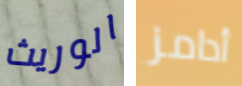
الوريث أدامز